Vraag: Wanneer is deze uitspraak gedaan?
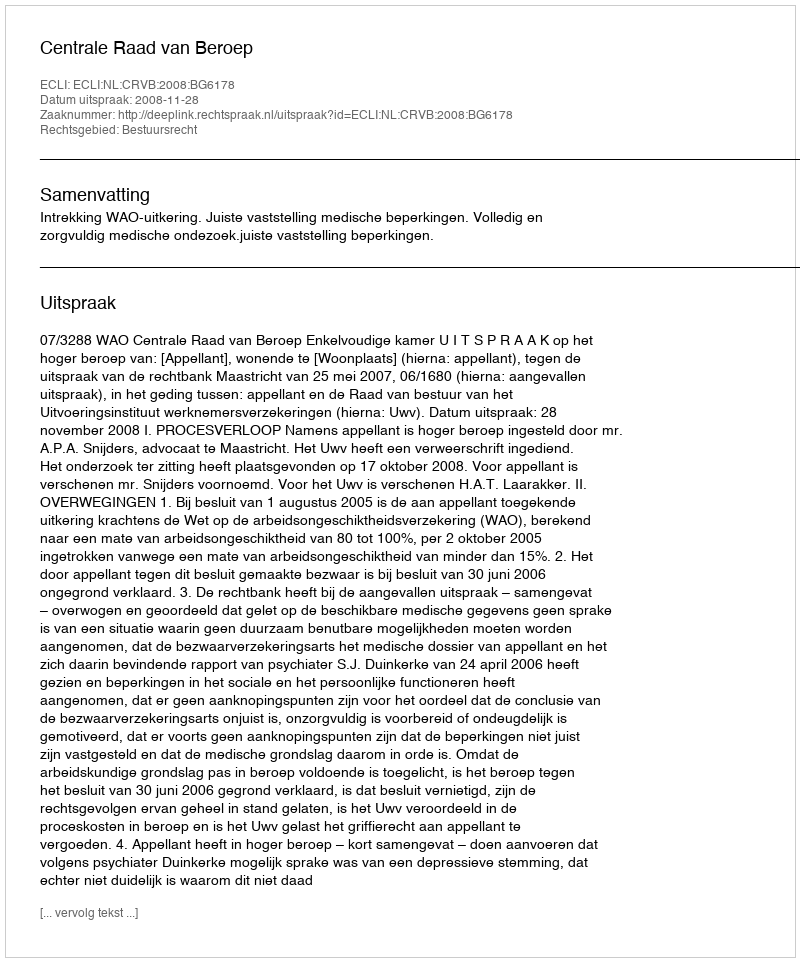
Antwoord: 2008-11-28